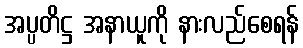
အပ္ပတိဋ္ဌ အနာယူကို နားလည်စေရန်